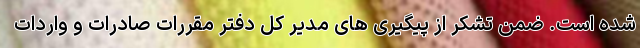
شده است. ضمن تشکر از پیگیری های مدیر کل دفتر مقررات صادرات و واردات